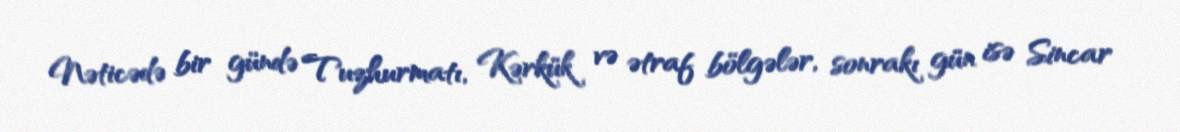
Nəticədə bir gündə Tuzhurmatı, Kərkük və ətraf bölgələr, sonrakı gün isə Sincar